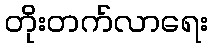
တိုးတက်လာရေး